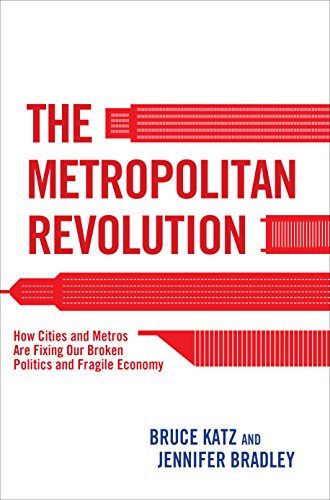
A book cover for The Metropolitan Revolution: How Cities and Metros Are Fixing Our Broken Politics and Fragile Economy; Bruce Katz; Business & Money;